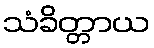
သံခိတ္တာယ